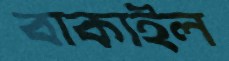
বাকাইল